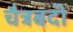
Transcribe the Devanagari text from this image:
चैत्रबदी